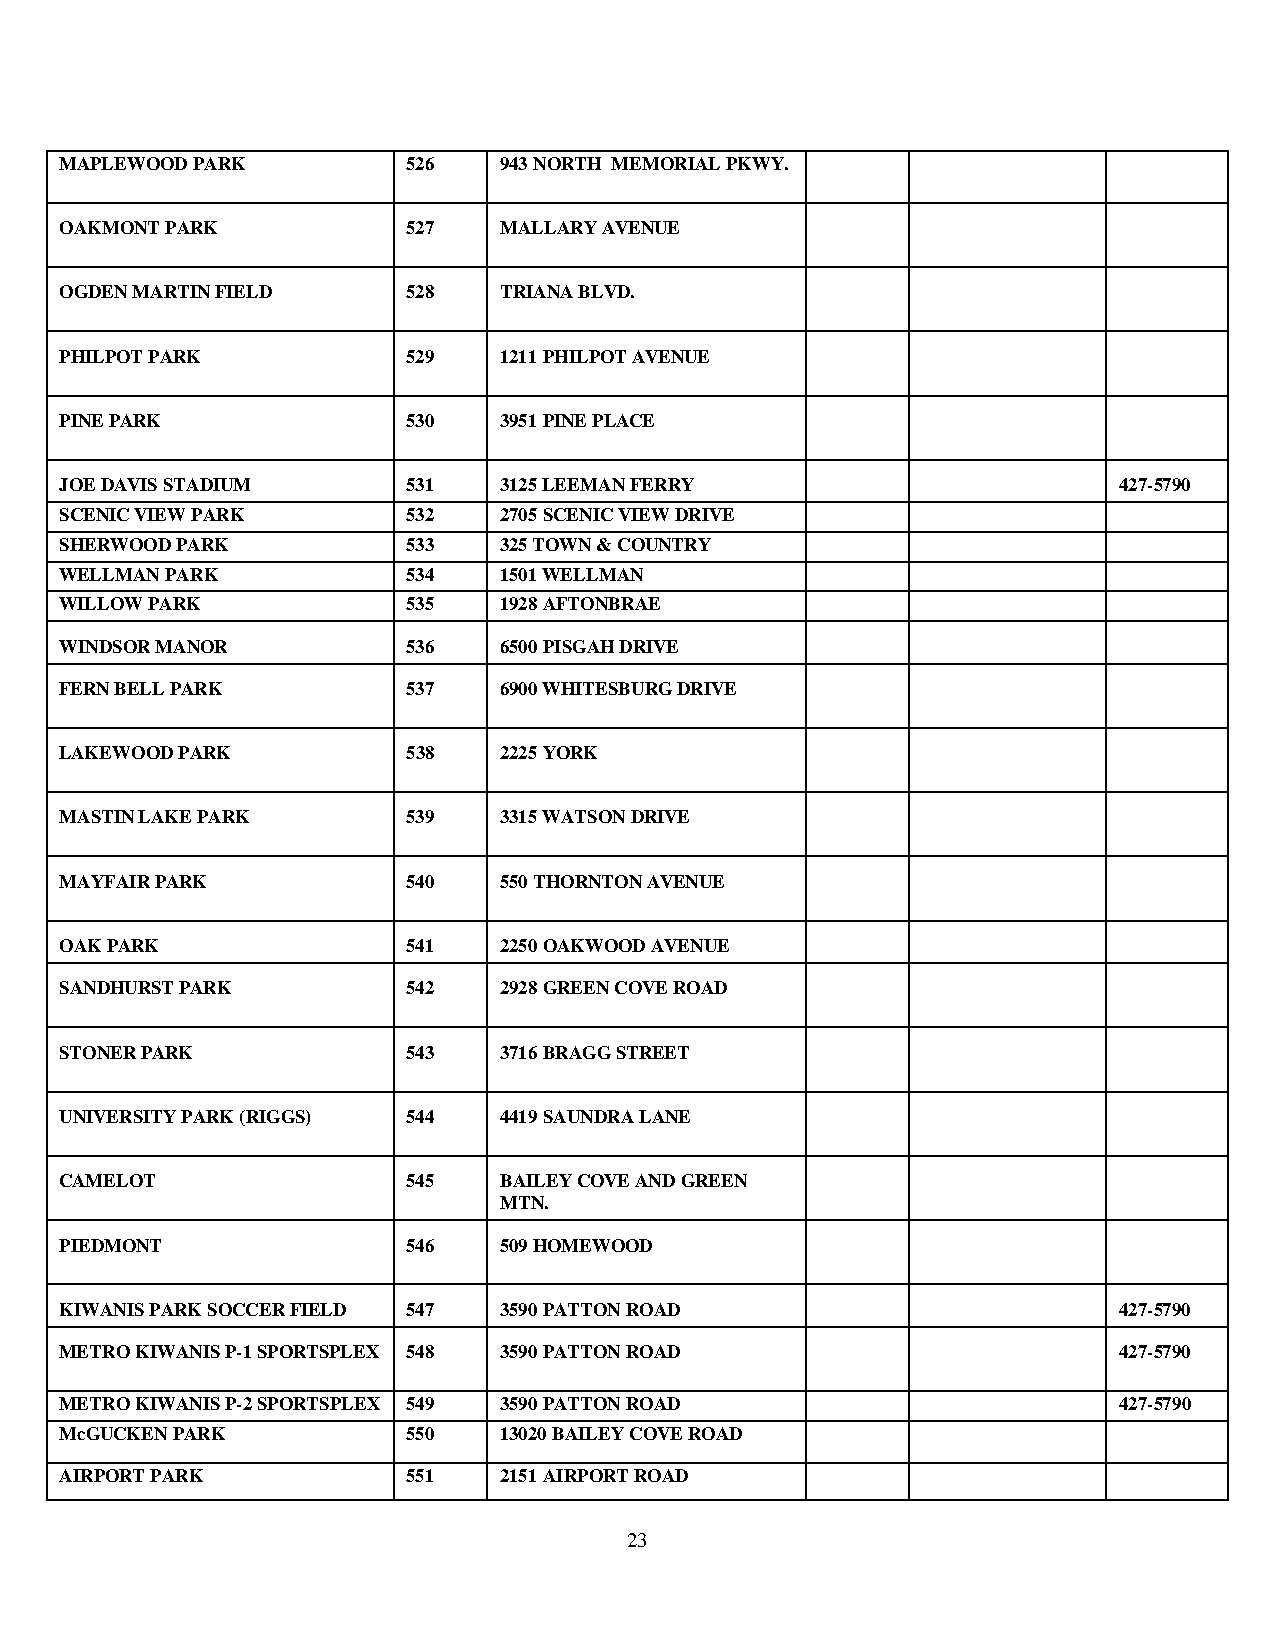
MAPLEWOOD PARK         526   943 NORTH MEMORIAL PKWY.
 OAKMONT PARK           527   MALLARY AVENUE
 OGDEN MARTIN FIELD     528   TRIANA BLVD.
 PHILPOT PARK           529   1211 PHILPOT AVENUE
 PINE PARK              530   3951 PINE PLACE
 JOE DAVIS STADIUM      531   3125 LEEMAN FERRY                        427-5790
 SCENIC VIEW PARK       532   2705 SCENIC VIEW DRIVE
 SHERWOOD PARK          533   325 TOWN & COUNTRY
 WELLMAN PARK           534   1501 WELLMAN
 WILLOW PARK            535   1928 AFTONBRAE
 WINDSOR MANOR          536   6500 PISGAH DRIVE
 FERN BELL PARK         537   6900 WHITESBURG DRIVE
 LAKEWOOD PARK          538   2225 YORK
 MASTIN LAKE PARK       539   3315 WATSON DRIVE
 MAYFAIR PARK           540   550 THORNTON AVENUE
 OAK PARK               541   2250 OAKWOOD AVENUE
 SANDHURST PARK         542   2928 GREEN COVE ROAD
 STONER PARK            543   3716 BRAGG STREET
 UNIVERSITY PARK (RIGGS) 544  4419 SAUNDRA LANE
 CAMELOT                545   BAILEY COVE AND GREEN
 MTN.
 PIEDMONT               546   509 HOMEWOOD
 KIWANIS PARK SOCCER FIELD 547 3590 PATTON ROAD                        427-5790
 METRO KIWANIS P-1 SPORTSPLEX 548 3590 PATTON ROAD                     427-5790
 METRO KIWANIS P-2 SPORTSPLEX 549 3590 PATTON ROAD                     427-5790
 McGUCKEN PARK          550   13020 BAILEY COVE ROAD
 AIRPORT PARK           551   2151 AIRPORT ROAD
 23